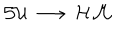
{ \cal S U } \, \longrightarrow \, { \cal H M }